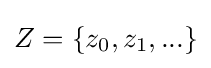
Z=\{z_{0},z_{1},...\}